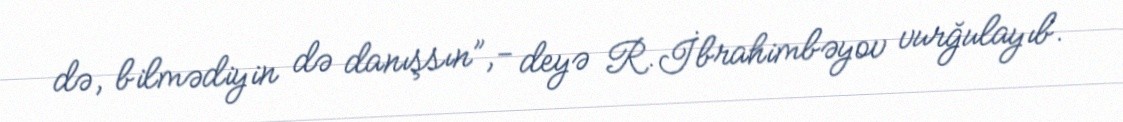
də, bilmədiyin də danışsın”,- deyə R.İbrahimbəyov vurğulayıb.